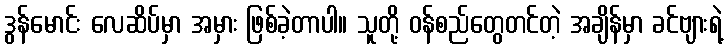
ဒွန်မောင်း လေဆိပ်မှာ အမှား ဖြစ်ခဲ့တာပါ။ သူတို့ ဝန်စည်တွေတင်တဲ့ အချိန်မှာ ခင်ဗျားရဲ့